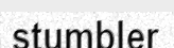
stumbler